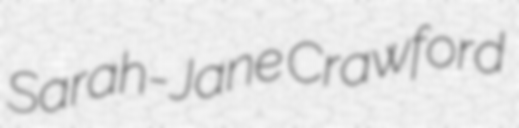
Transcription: Sarah-Jane Crawford